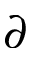
\partial